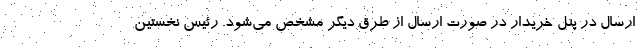
ارسال در پنل خریدار در صورت ارسال از طرق دیگر مشخص می‌شود. رئیس نخستین